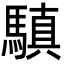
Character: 𩥄